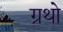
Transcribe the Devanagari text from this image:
ग्रथो